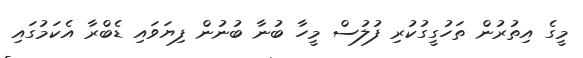
މީގެ އިތުރުން ތަހުގީގުކުރި ފުލުސް މީހާ ބުނާ ބުނުން ފިޔަވައި ޑެބްރާ އެކަމުގައި